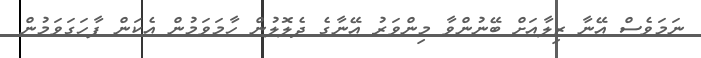
ނަމަވެސް އޭނާ ޒިލާއަށް ބޭނުންވާ މިންވަރު އޭނާގެ ދެލޮލުން ހާމަވަމުން އެކަން ފާހަގަވަމުން